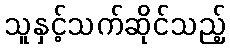
သူနှင့်သက်ဆိုင်သည့်